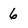
Character: 6